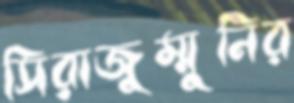
সিরাজুম্মুনির